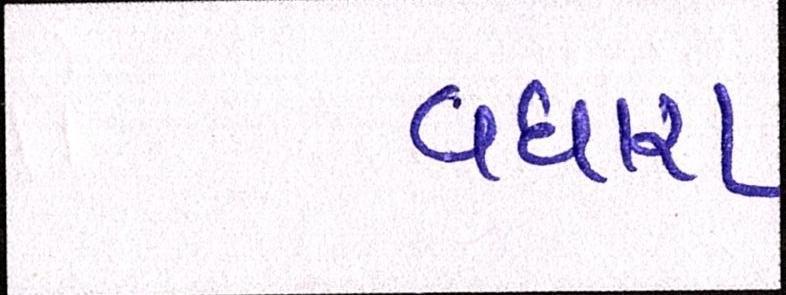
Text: વધારા